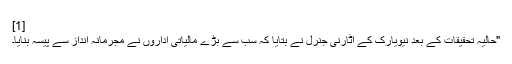
[1]
"حالیہ تحقیقات کے بعد نیویارک کے اٹارنی جنرل نے بتایا کہ سب سے بڑے مالیاتی اداروں نے مجرمانہ انداز سے پیسہ بنایا۔